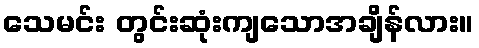
သေမင်း တွင်းဆုံးကျသောအချိန်လား။